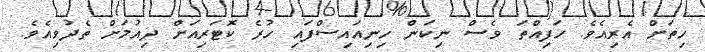
ހިތަށް އެރިއެވެ. ހަފިއްތަ ވެސް ނިކަން ހިނިއައިސްފައި ހުރެ ކޮޓަރިއަށް ދިއުމަށް ތެދުވިއެވެ.